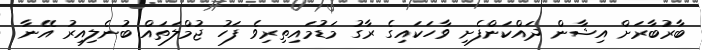
ބާރުބާރަށް އިޝާން ދައްކަންފެށި ވާހަކައިގެ ރާގު މަޑުމައިތިރިވެ ފަހު ޖުމްލަތައް ބުނެލިއިރު އޭނާ